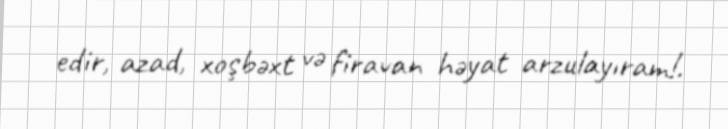
edir, azad, xoşbəxt və firavan həyat arzulayıram!.